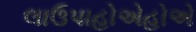
લાઉપાહોએહોએ